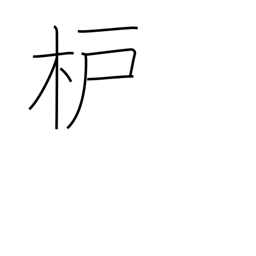
Meaning: sumac